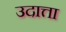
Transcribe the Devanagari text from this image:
उदात्ता